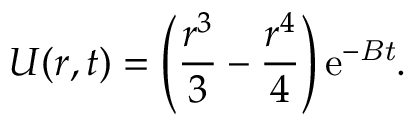
{ } U ( r , t ) = \left( \frac { r ^ { 3 } } { 3 } - \frac { r ^ { 4 } } { 4 } \right) \mathrm { { e } ^ { - \it B t } . }